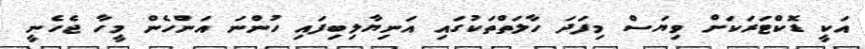
އަކީ ޑޮކްޓަރަކަށް ވިޔަސް މިފަދަ ހާލަތްތަކުގައި އަނިޔާލިބިފައި ހުންނަ އަންހެން މީހާ ޖެހެނީ